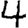
Digit: 4